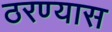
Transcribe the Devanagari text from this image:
ठरण्यास